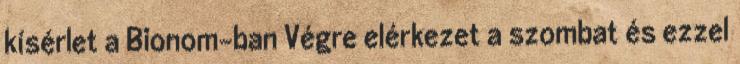
kísérlet a Bionom-ban Végre elérkezet a szombat és ezzel